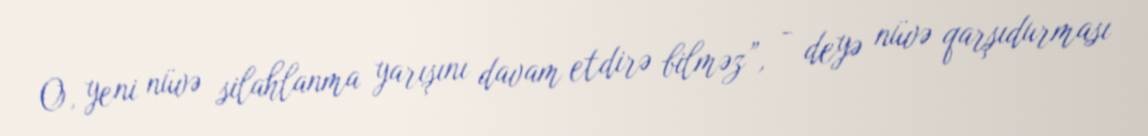
O, yeni nüvə silahlanma yarışını davam etdirə bilməz”, - deyə nüvə qarşıdurması